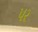
૫ર